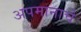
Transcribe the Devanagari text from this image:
अपमानाचे